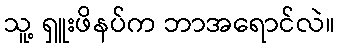
သူ့ ရှူးဖိနပ်က ဘာအရောင်လဲ။